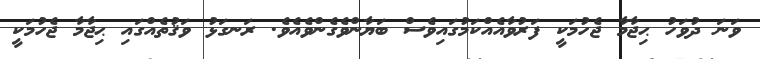
ވަނަ ދުވަހު ޙިޖާމާ ޖެހުމަކީ ފަރުވާއެއްކަމުގައިވެސް ބަޔާންވެގެންވެއެވެ. ރަނގަޅު ވަޤުތެއްގައި ޙިޖާމާ ޖެހުމަކީ